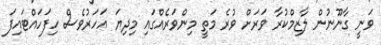
ވަނީ ގާނޫނުން ލާޒިމްކުރާ ވަރަށް ވުރެ މަތީ މިންވަރެއްގައި މިދިޔަ އަހަރުވެސް ހިފަހައްޓައިފަ